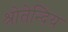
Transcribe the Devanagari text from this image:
श्रोतेन्दिय